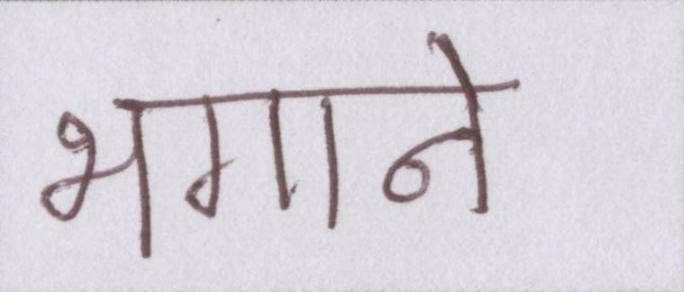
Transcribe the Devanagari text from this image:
भगाने